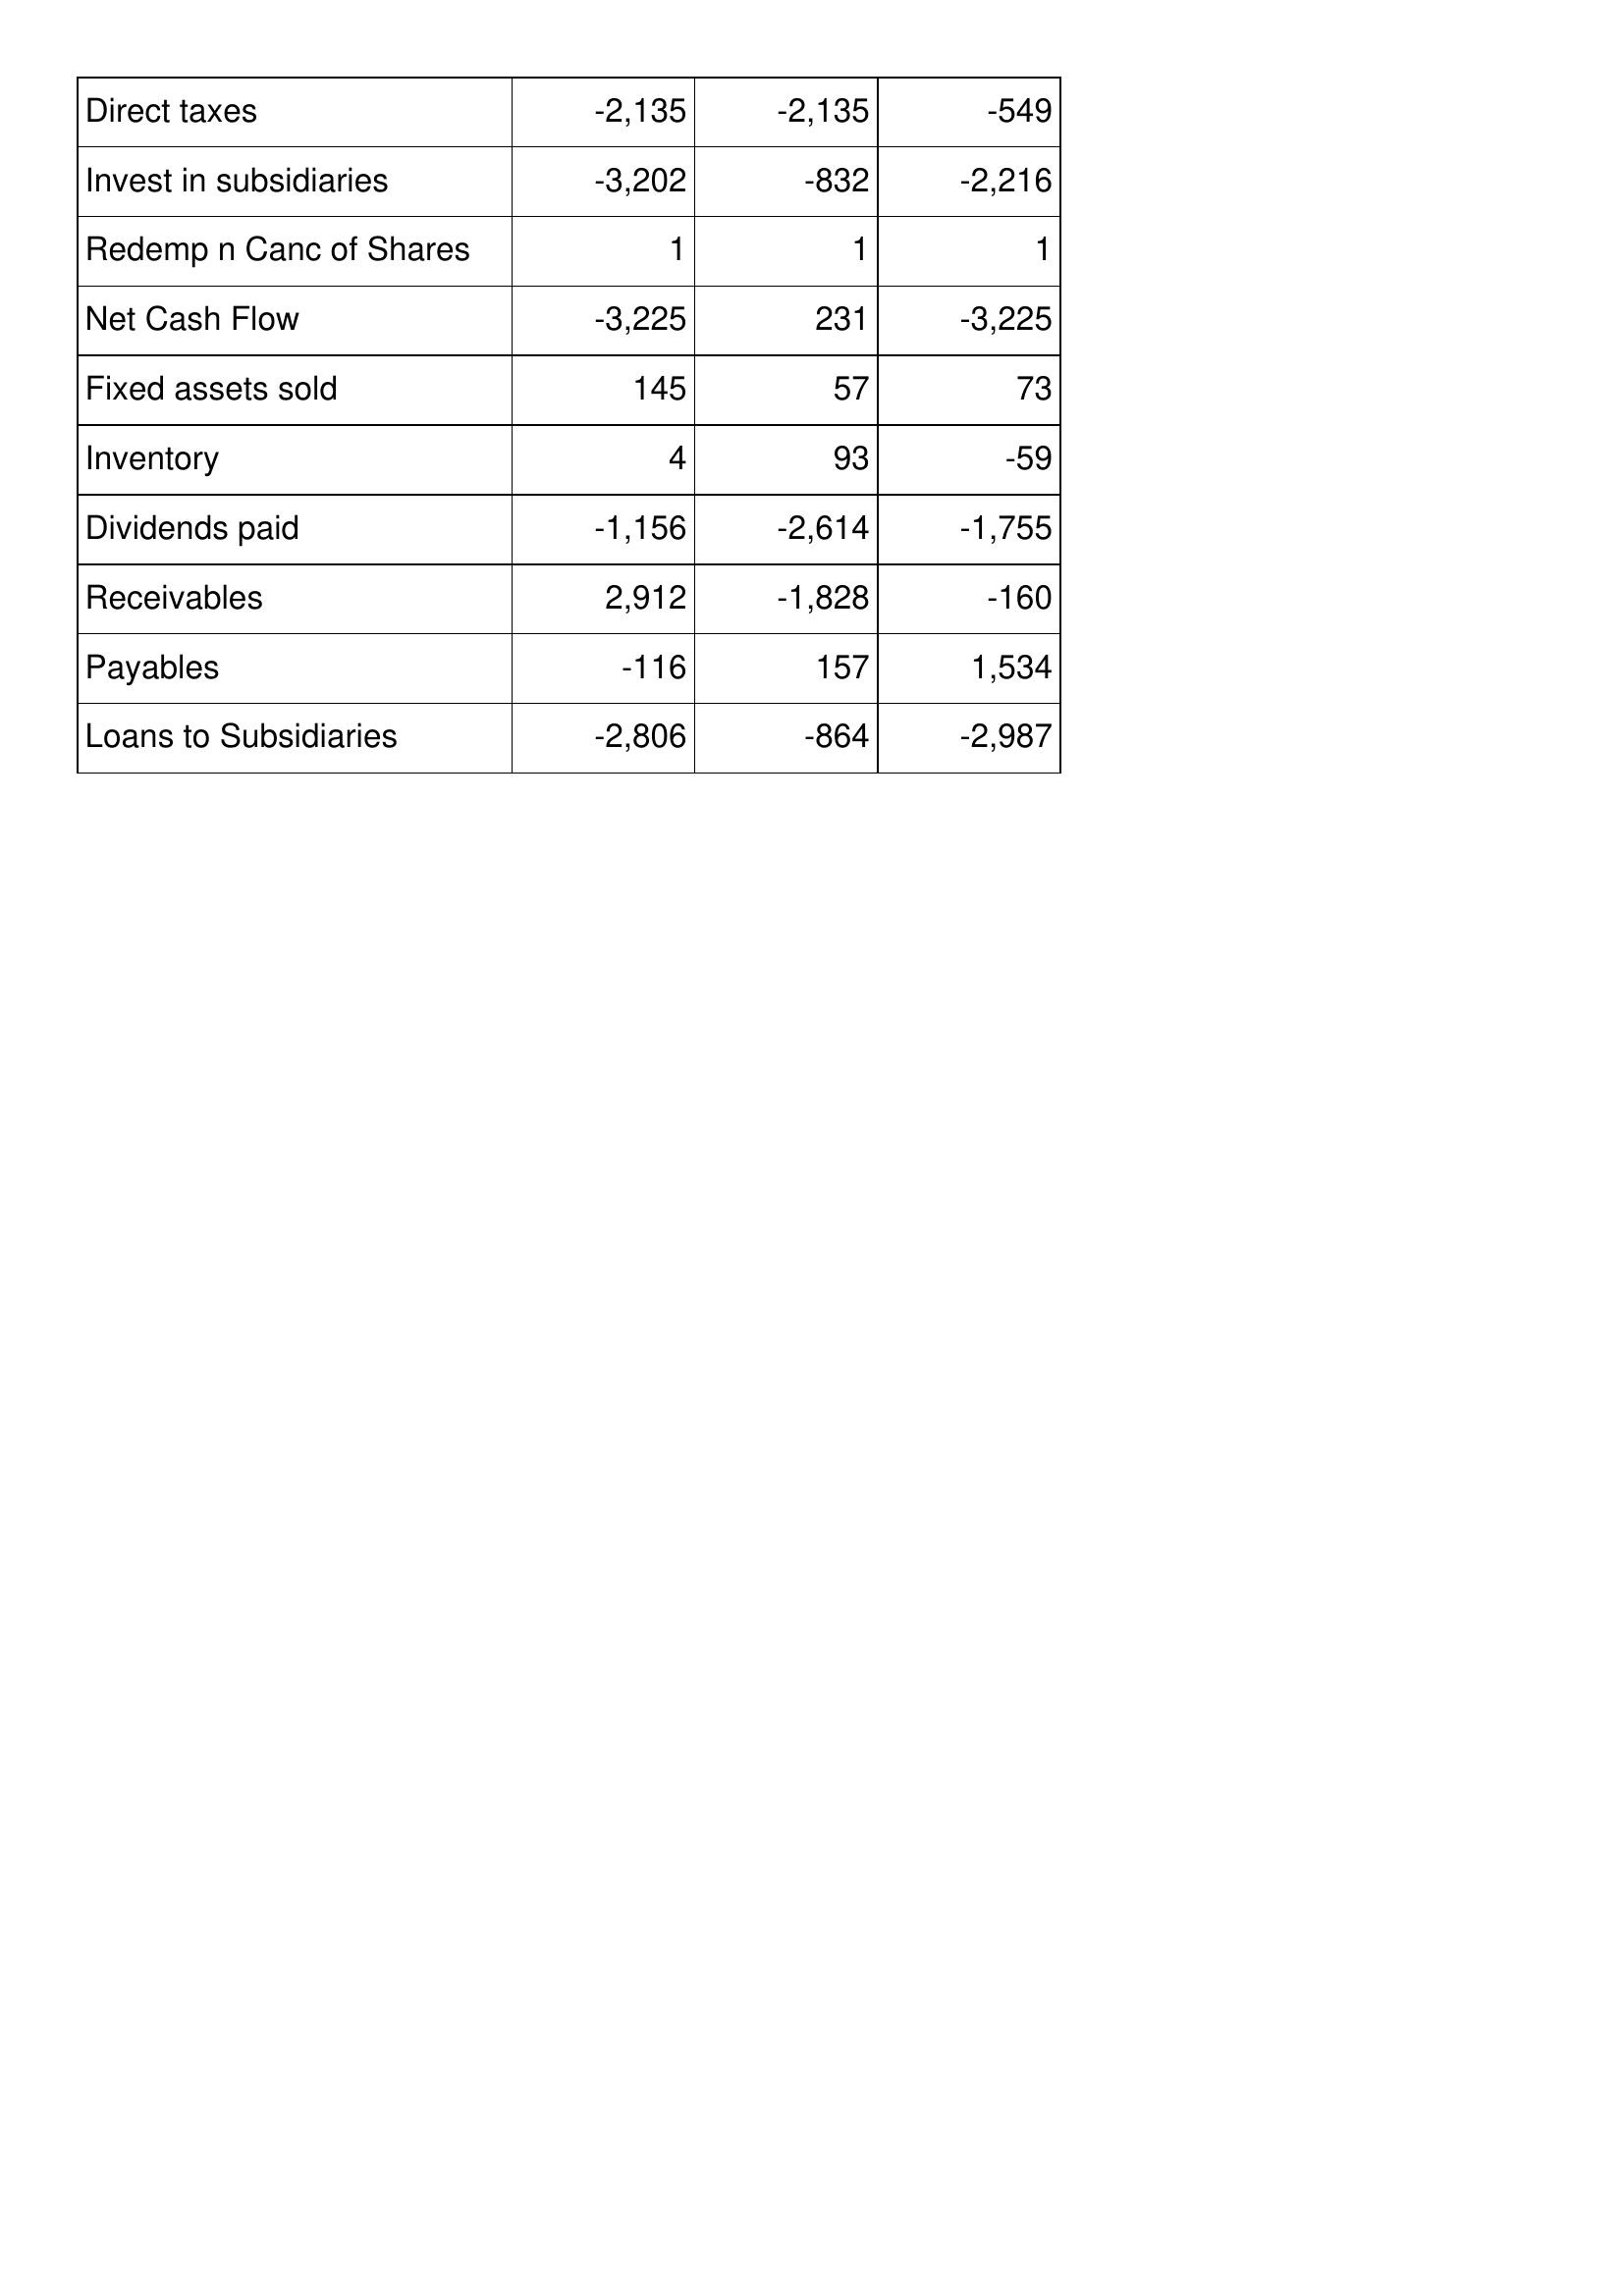
Mar-10: Cash Flows: Direct taxes: -2,135
Invest in subsidiaries: -3,202
Redemp n Canc of Shares: 1
Net Cash Flow: -3,225
Fixed assets sold: 145
Inventory: 4
Dividends paid: -1,156
Receivables: 2,912
Payables: -116
Loans to Subsidiaries: -2,806
Mar-11: Cash Flows: Direct taxes: -2,135
Invest in subsidiaries: -832
Redemp n Canc of Shares: 1
Net Cash Flow: 231
Fixed assets sold: 57
Inventory: 93
Dividends paid: -2,614
Receivables: -1,828
Payables: 157
Loans to Subsidiaries: -864
Mar-12: Cash Flows: Direct taxes: -549
Invest in subsidiaries: -2,216
Redemp n Canc of Shares: 1
Net Cash Flow: -3,225
Fixed assets sold: 73
Inventory: -59
Dividends paid: -1,755
Receivables: -160
Payables: 1,534
Loans to Subsidiaries: -2,987